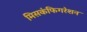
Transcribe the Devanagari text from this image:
मिसकंफिगरेशन